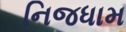
નિજધામ